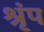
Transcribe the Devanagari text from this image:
श्रृंप